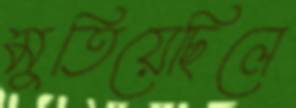
মুতিয়েছিলে